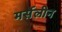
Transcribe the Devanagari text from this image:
मर्सेलीन